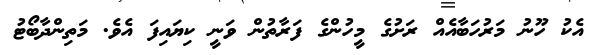
އެކު ހޫނު މަރުހަބާއެއް ރަށުގެ މީހުންގެ ފަރާތުން ވަނީ ކިޔައިފަ އެވެ. މަތިންދާބޯޓު